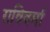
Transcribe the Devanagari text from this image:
राविवर्मा